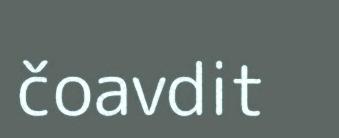
čoavdit